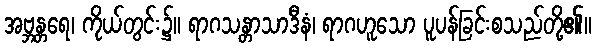
အဗ္ဘန္တရေ၊ ကိုယ်တွင်း၌။ ရာဂသန္တာသာဒီနံ၊ ရာဂဟူသော ပူပန်ခြင်းစသည်တို့၏။